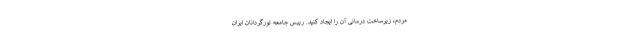
مردم، زیرساخت درمانی آن را ایجاد کنید. رییس جامعه تورگردانان ایران